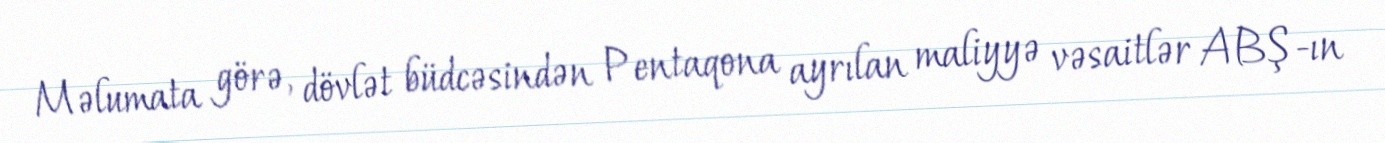
Məlumata görə, dövlət büdcəsindən Pentaqona ayrılan maliyyə vəsaitlər ABŞ-ın